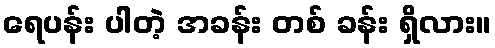
ရေပန်း ပါတဲ့ အခန်း တစ် ခန်း ရှိလား။